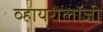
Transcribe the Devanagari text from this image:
व्हायरोलॉजी